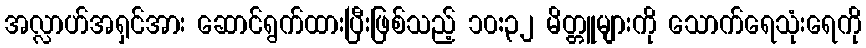
အလ္လာဟ်အရှင်အား ဆောင်ရွက်ထားပြီးဖြစ်သည့် ၁၀:၃၂ မိတ္တူများကို သောက်ရေသုံးရေကို